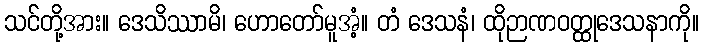
သင်တို့အား။ ဒေသိဿာမိ၊ ဟောတော်မူအံ့။ တံ ဒေသနံ၊ ထိုဉာဏဝတ္ထုဒေသနာကို။